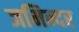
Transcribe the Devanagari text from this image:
जमिन्दर